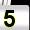
Digit: 5